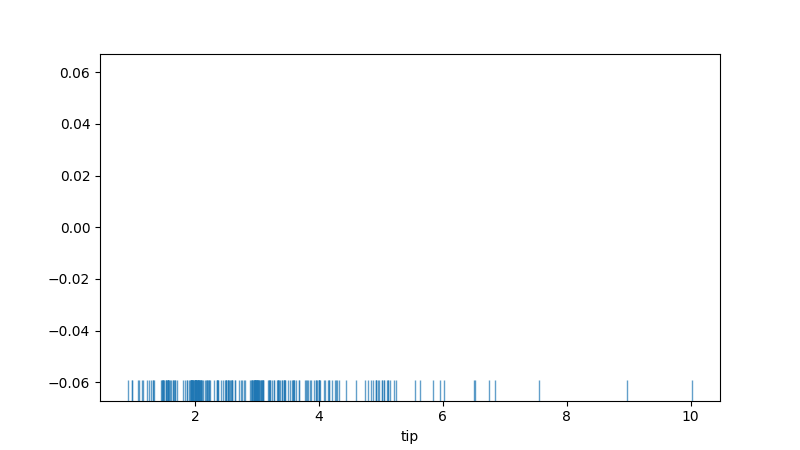
python, seaborn, rugplot, height=0.06, axis='x', alpha=0.7